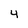
Character: 4